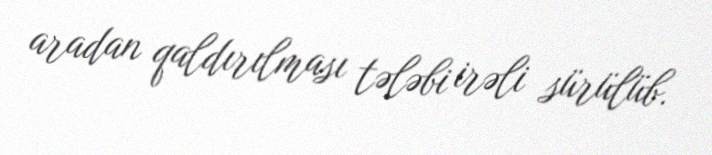
aradan qaldırılması tələbi irəli sürülüb.